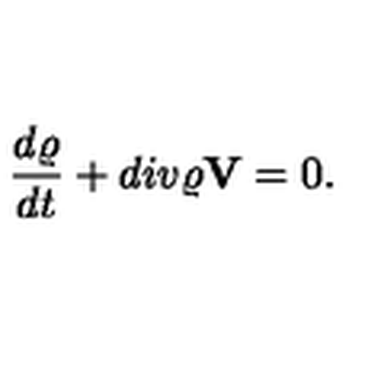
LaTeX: \frac { d \varrho } { d t } + d i v \varrho { \bf V } = 0 .